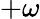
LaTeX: +\omega